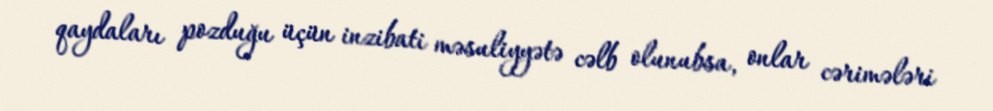
qaydaları pozduğu üçün inzibati məsuliyyətə cəlb olunubsa, onlar cərimələri